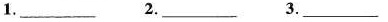
1.___ 2.___ 3.___